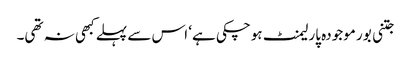
جتنی بور موجودہ پارلیمنٹ ہوچکی ہے‘ اس سے پہلے کبھی نہ تھی۔